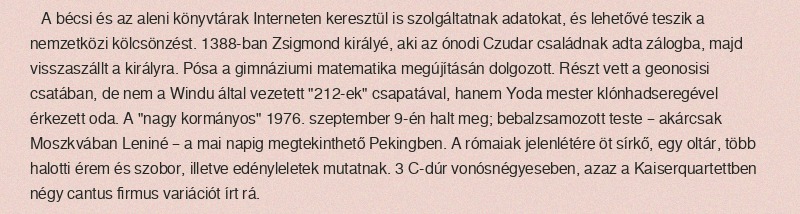
A bécsi és az aleni könyvtárak Interneten keresztül is szolgáltatnak adatokat, és lehetővé teszik a nemzetközi kölcsönzést. 1388-ban Zsigmond királyé, aki az ónodi Czudar családnak adta zálogba, majd visszaszállt a királyra. Pósa a gimnáziumi matematika megújításán dolgozott. Részt vett a geonosisi csatában, de nem a Windu által vezetett "212-ek" csapatával, hanem Yoda mester klónhadseregével érkezett oda. A "nagy kormányos" 1976. szeptember 9-én halt meg; bebalzsamozott teste – akárcsak Moszkvában Leniné – a mai napig megtekinthető Pekingben. A rómaiak jelenlétére öt sírkő, egy oltár, több halotti érem és szobor, illetve edényleletek mutatnak. 3 C-dúr vonósnégyeseben, azaz a Kaiserquartettben négy cantus firmus variációt írt rá.